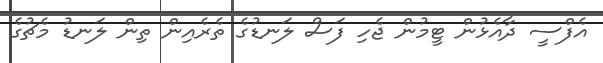
އެފްސީ ދާއެޅުން ޓީމުން ޖެހި ފަސް ލަނޑުގެ ތެރެއިން ތިން ލަނޑު މެޗުގެ